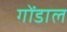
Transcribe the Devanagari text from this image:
गोंडाल